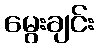
မွေးချင်း